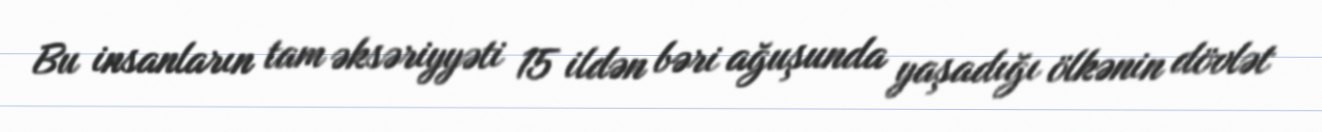
Bu insanların tam əksəriyyəti 15 ildən bəri ağuşunda yaşadığı ölkənin dövlət